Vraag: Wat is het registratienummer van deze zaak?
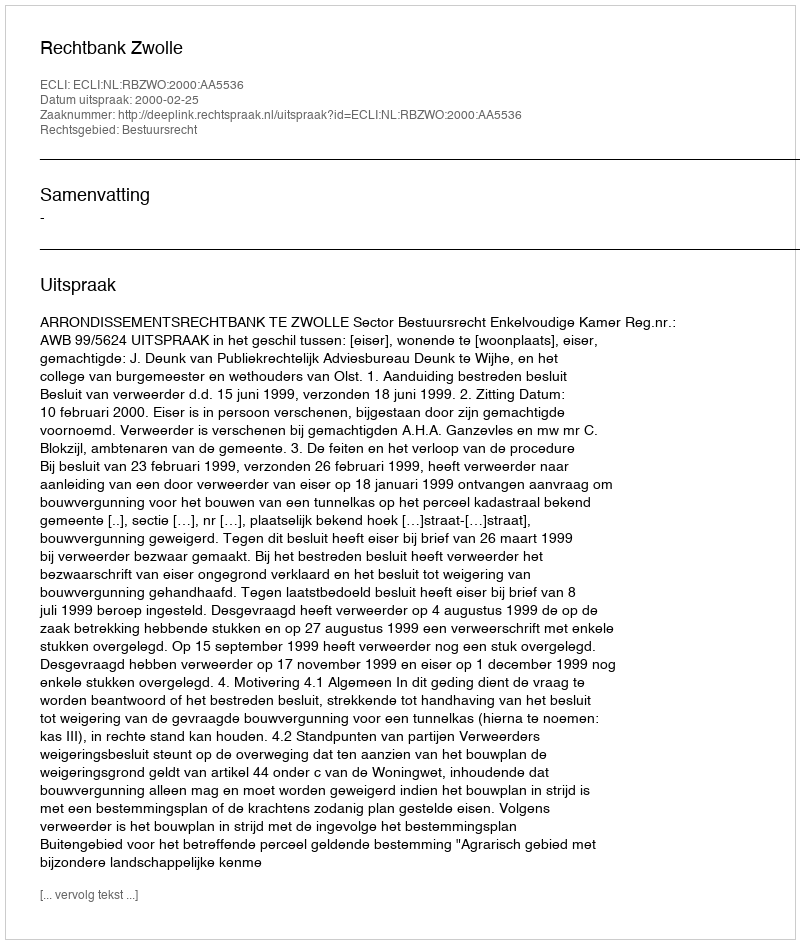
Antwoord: http://deeplink.rechtspraak.nl/uitspraak?id=ECLI:NL:RBZWO:2000:AA5536